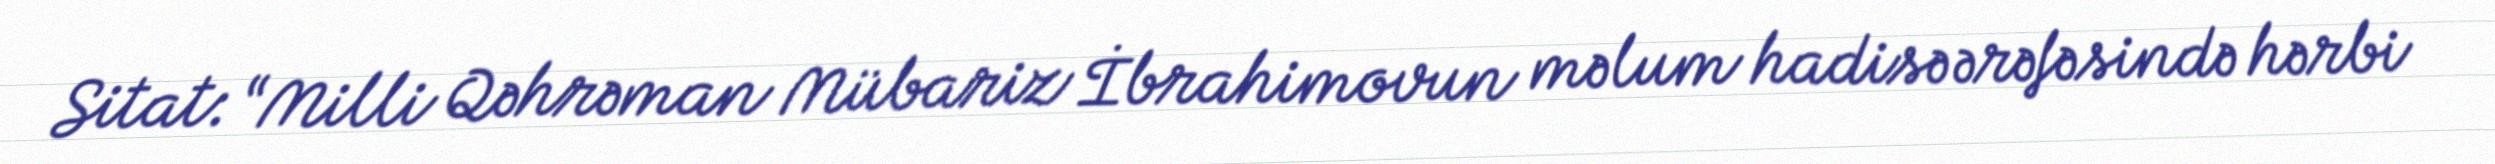
Sitat: “Milli Qəhrəman Mübariz İbrahimovun məlum hadisə ərəfəsində hərbi